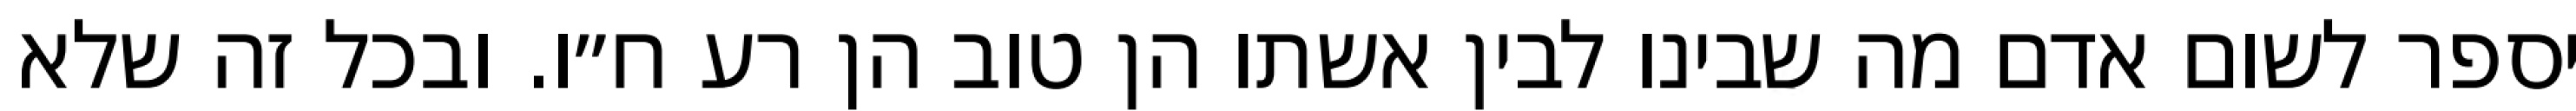
יספר לשום אדם מה שבינו לבין אשתו הן טוב הן רע ח״ו. ובכל זה שלא